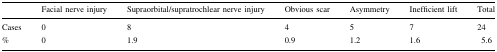
<table><thead><tr><td></td><td><b>Facial nerve injury</b></td><td><b>Supraorbital/supratrochlear nerve injury</b></td><td><b>Obvious scar</b></td><td><b>Asymmetry</b></td><td><b>Inefficient lift</b></td><td><b>Total</b></td></tr></thead><tbody><tr><td>Cases</td><td>0</td><td>8</td><td>4</td><td>5</td><td>7</td><td>24</td></tr><tr><td>%</td><td>0</td><td>1.9</td><td>0.9</td><td>1.2</td><td>1.6</td><td>5.6</td></tr></tbody></table>